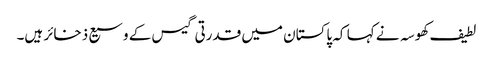
لطیف کھوسہ نے کہا کہ پاکستان میں قدرتی گیس کے وسیع ذخائر ہیں۔